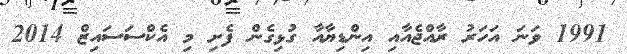
1991 ވަނަ އަހަރު ރާއްޖެއާއި އިންޑިޔާއާ ގުޅިގެން ފެށި މި އެކްސަސައިޒް 2014